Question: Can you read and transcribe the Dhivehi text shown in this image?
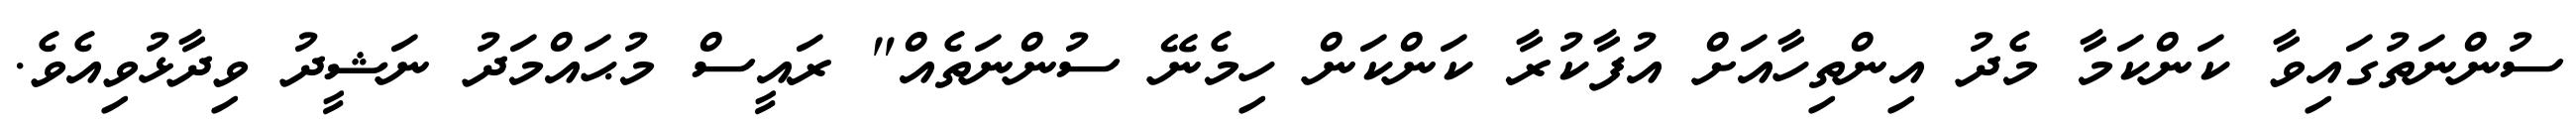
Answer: ސުންނަތުގައިވާ ކަންކަމާ މެދު އިންތިހާއަށް އުފާކުރާ ކަންކަން ހިމެނޭ ސުންނަތެއް" ރައީސް މުޙައްމަދު ނަޝީދު ވިދާޅުވިއެވެ.